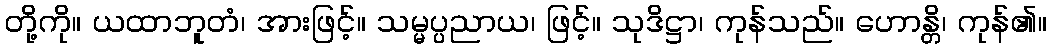
တို့ကို။ ယထာဘူတံ၊ အားဖြင့်။ သမ္မပ္ပညာယ၊ ဖြင့်။ သုဒိဋ္ဌာ၊ ကုန်သည်။ ဟောန္တိ၊ ကုန်၏။